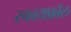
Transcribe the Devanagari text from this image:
स्कायफ़ॉल